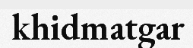
khidmatgar